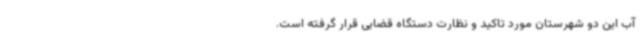
آب این دو شهرستان مورد تاکید و نظارت دستگاه قضایی قرار گرفته است.